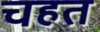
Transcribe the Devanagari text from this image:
चहत